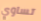
تساوي